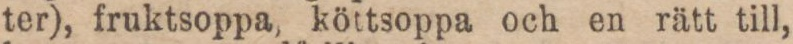
ter), fruktsoppa, köttsoppa och en rätt till,